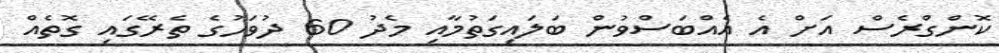
ކޮންގްރެސް އަށް އެ އެއްބަސްވުން ބަލައިގަތުމާއި މެދު 60 ދުވަހުގެ ތެރޭގައި ގޮތެއް